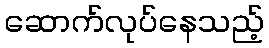
ဆောက်လုပ်နေသည့်